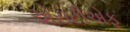
એસટીએફ